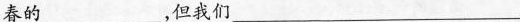
春的___，但我们___